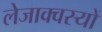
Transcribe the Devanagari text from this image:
लेजाक्वस्यों